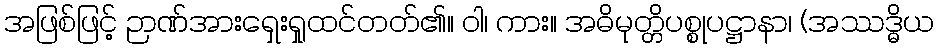
အဖြစ်ဖြင့် ဉာဏ်အားရှေးရှုထင်တတ်၏။ ဝါ၊ ကား။ အဓိမုတ္တိပစ္စုပဋ္ဌာနာ၊ (အဿဒ္ဓိယ